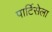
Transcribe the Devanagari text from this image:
पार्टिसेला